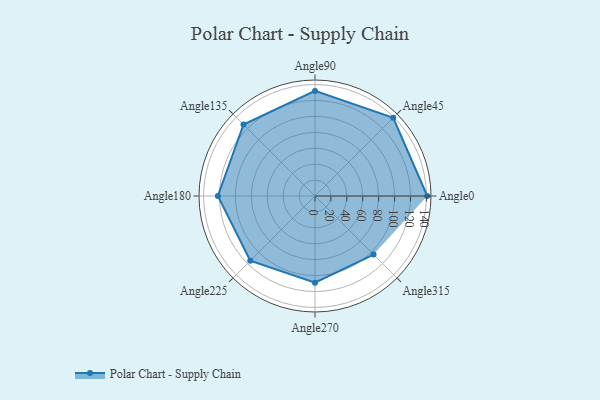
{"axis": {"x": "Angle", "y": "Radius"}, "legend": [""], "data": [{"x": "Angle0", "y": 141.0, "type": ""}, {"x": "Angle45", "y": 139.0, "type": ""}, {"x": "Angle90", "y": 132.0, "type": ""}, {"x": "Angle135", "y": 127.0, "type": ""}, {"x": "Angle180", "y": 122.0, "type": ""}, {"x": "Angle225", "y": 115.0, "type": ""}, {"x": "Angle270", "y": 109.0, "type": ""}, {"x": "Angle315", "y": 104.0, "type": ""}]}